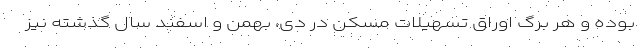
بوده و هر برگ اوراق تسهیلات مسکن در دی، بهمن و اسفند سال گذشته نیز